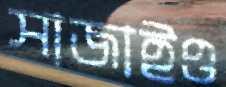
সাজাইও